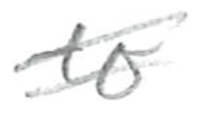
Text: to
Cross-out: double-line
Writing tool: pencil